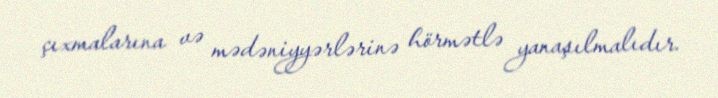
çıxmalarına və mədəniyyərlərinə hörmətlə yanaşılmalıdır.